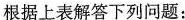
根据上表解答下列问题：